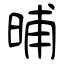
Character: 晡